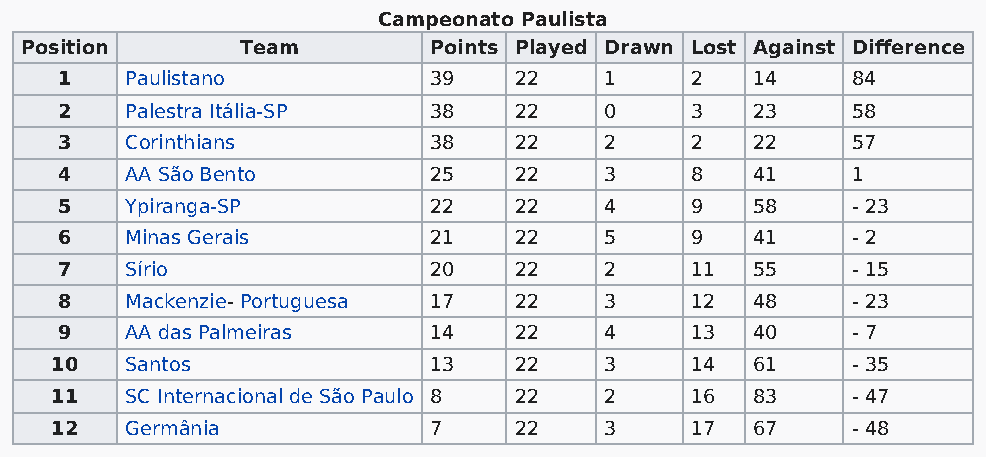
Campeonato Paulista
 Position       Team        Points Played Drawn Lost Against Difference
 1   Paulistano          39    22    1     2   14    84
 2   Palestra Itália-SP  38    22    0     3   23    58
 3   Corinthians         38    22    2     2   22    57
 4   AA São Bento        25    22    3     8   41    1
 5   Ypiranga-SP         22    22    4     9   58    - 23
 6   Minas Gerais        21    22    5     9   41    - 2
 7   Sírio               20    22    2     11  55    - 15
 8   Mackenzie- Portuguesa 17  22    3     12  48    - 23
 9   AA das Palmeiras    14    22    4     13  40    - 7
 10   Santos              13    22    3     14  61    - 35
 11   SC Internacional de São Paulo 8 22 2  16  83    - 47
 12   Germânia            7     22    3     17  67    - 48